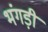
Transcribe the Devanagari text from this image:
भंगड़ी